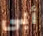
أبى